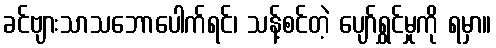
ခင်ဗျားသာသဘောပေါက်ရင်၊ သန့်စင်တဲ့ ပျော်ရွှင်မှုကို ရမှာ။